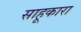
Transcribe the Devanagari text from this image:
साहूकारा